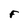
Character: F